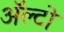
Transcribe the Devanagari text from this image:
अॅल्टो